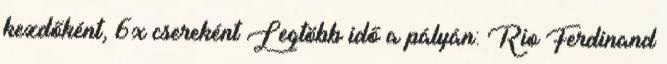
kezdőként, 6x csereként Legtöbb idő a pályán: Rio Ferdinand